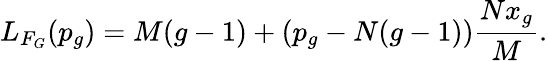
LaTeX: L_{F_{G}}(p_{g})=M(g-1)+(p_{g}-N(g-1))\frac{Nx_{g}}{M}.